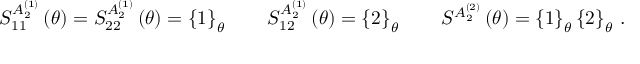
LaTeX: S _ { 1 1 } ^ { A _ { 2 } ^ { ( 1 ) } } \left( \theta \right) = S _ { 2 2 } ^ { A _ { 2 } ^ { ( 1 ) } } \left( \theta \right) = \left\{ 1 \right\} _ { \theta } \qquad S _ { 1 2 } ^ { A _ { 2 } ^ { ( 1 ) } } \left( \theta \right) = \left\{ 2 \right\} _ { \theta } \qquad S ^ { A _ { 2 } ^ { ( 2 ) } } \left( \theta \right) = \left\{ 1 \right\} _ { \theta } \left\{ 2 \right\} _ { \theta } \, .